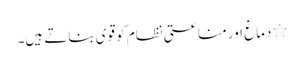
٭دماغ اور مناعتی نظام کو قوی بناتے ہیں۔